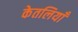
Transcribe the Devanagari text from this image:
केतलियाँ